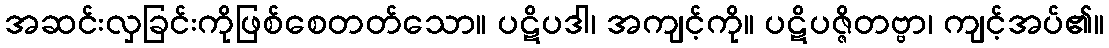
အဆင်းလှခြင်းကိုဖြစ်စေတတ်သော။ ပဋိပဒါ၊ အကျင့်ကို။ ပဋိပဇ္ဇိတဗ္ဗာ၊ ကျင့်အပ်၏။